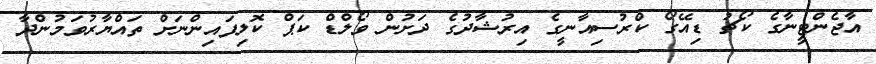
އާޖެންޓީނާގެ ކޯޗު ޑިއޭގޯ ކްރުސިއާނީގެ އިރުޝާދުގެ ދަށުން ވޯލްޑް ކަޕް ކޮލިފައިންނަށް ތައްޔާރުވަމުންދާ